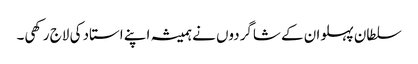
سلطان پہلوان کے شاگردوں نے ہمیشہ اپنے استاد کی لاج رکھی۔